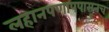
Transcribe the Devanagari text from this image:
लहानपणापपासूनच